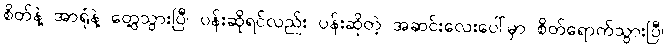
စိတ်နဲ့ အာရုံနဲ့ တွေ့သွားပြီ၊ ပန်းဆိုရင်လည်း ပန်းဆိုတဲ့ အဆင်းလေးပေါ်မှာ စိတ်ရောက်သွားပြီ၊